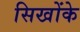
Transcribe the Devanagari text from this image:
सिखोंके